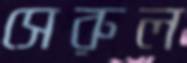
সেরুল